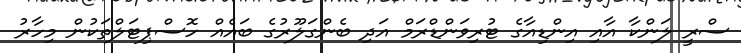
ސްރީ ލަންކާ އާއި އިންޑިއާގެ ޓުރިވަންޑްރަމް އަދި ބެންގަލޫރުގެ ބައެއް ހޮސްޕިޓަލްތަކުން މިހާރު